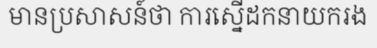
មានប្រសាសន៍ថា ការស្នើដកនាយករង